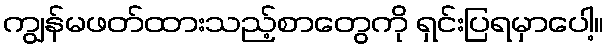
ကျွန်မဖတ်ထားသည့်စာတွေကို ရှင်းပြရမှာပေါ့။